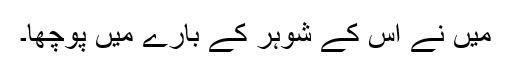
میں نے اس کے شوہر کے بارے میں پوچھا۔